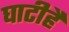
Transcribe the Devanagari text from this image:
घाटीहै